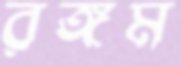
রঙ্গম